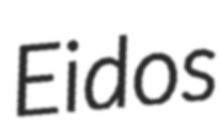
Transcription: Eidos